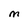
Character: M